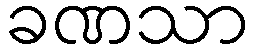
ခဏသာ